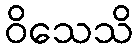
ဝိသေသိ